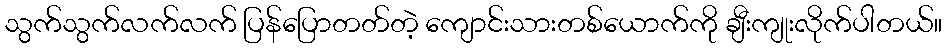
သွက်သွက်လက်လက် ပြန်ပြောတတ်တဲ့ ကျောင်းသားတစ်ယောက်ကို ချီးကျုးလိုက်ပါတယ်။